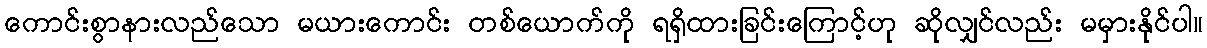
ကောင်းစွာနားလည်သော မယားကောင်း တစ်ယောက်ကို ရရှိထားခြင်းကြောင့်ဟု ဆိုလျှင်လည်း မမှားနိုင်ပါ။